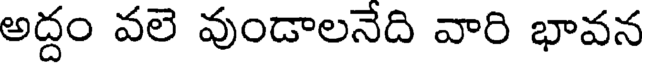
అద్దం వలె వుండాలనేది వారి భావన